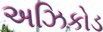
અઝિકોડ